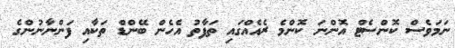
ނަމަވެސް ކޮންސެޓް އޮންނަ ކޮންމެ ރެއެއްގައި ތަފާތު އެހެން ބޭންޑް ތަކާއި ފަންނާނުންގެ